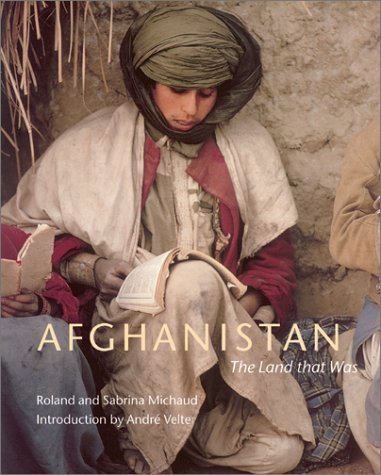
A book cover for Afghanistan: The Land That Was; Sabrina Michaud; Travel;